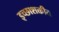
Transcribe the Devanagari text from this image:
इच्छाशक्तीत